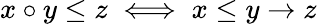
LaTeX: x\circ y\leq z\iff x\leq y\to z